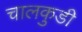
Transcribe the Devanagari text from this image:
चालकुडी